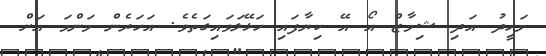
މަހީދު އަދި ޝިމާޒް އޯ އޭ ކިޔާފައި ހަޅޭލަވައިގަތެވެ. އަހަރެން މަންމަ އަށް